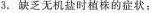
3.缺乏无机盐时植株的症状：